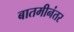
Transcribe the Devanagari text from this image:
बातमीनंतर